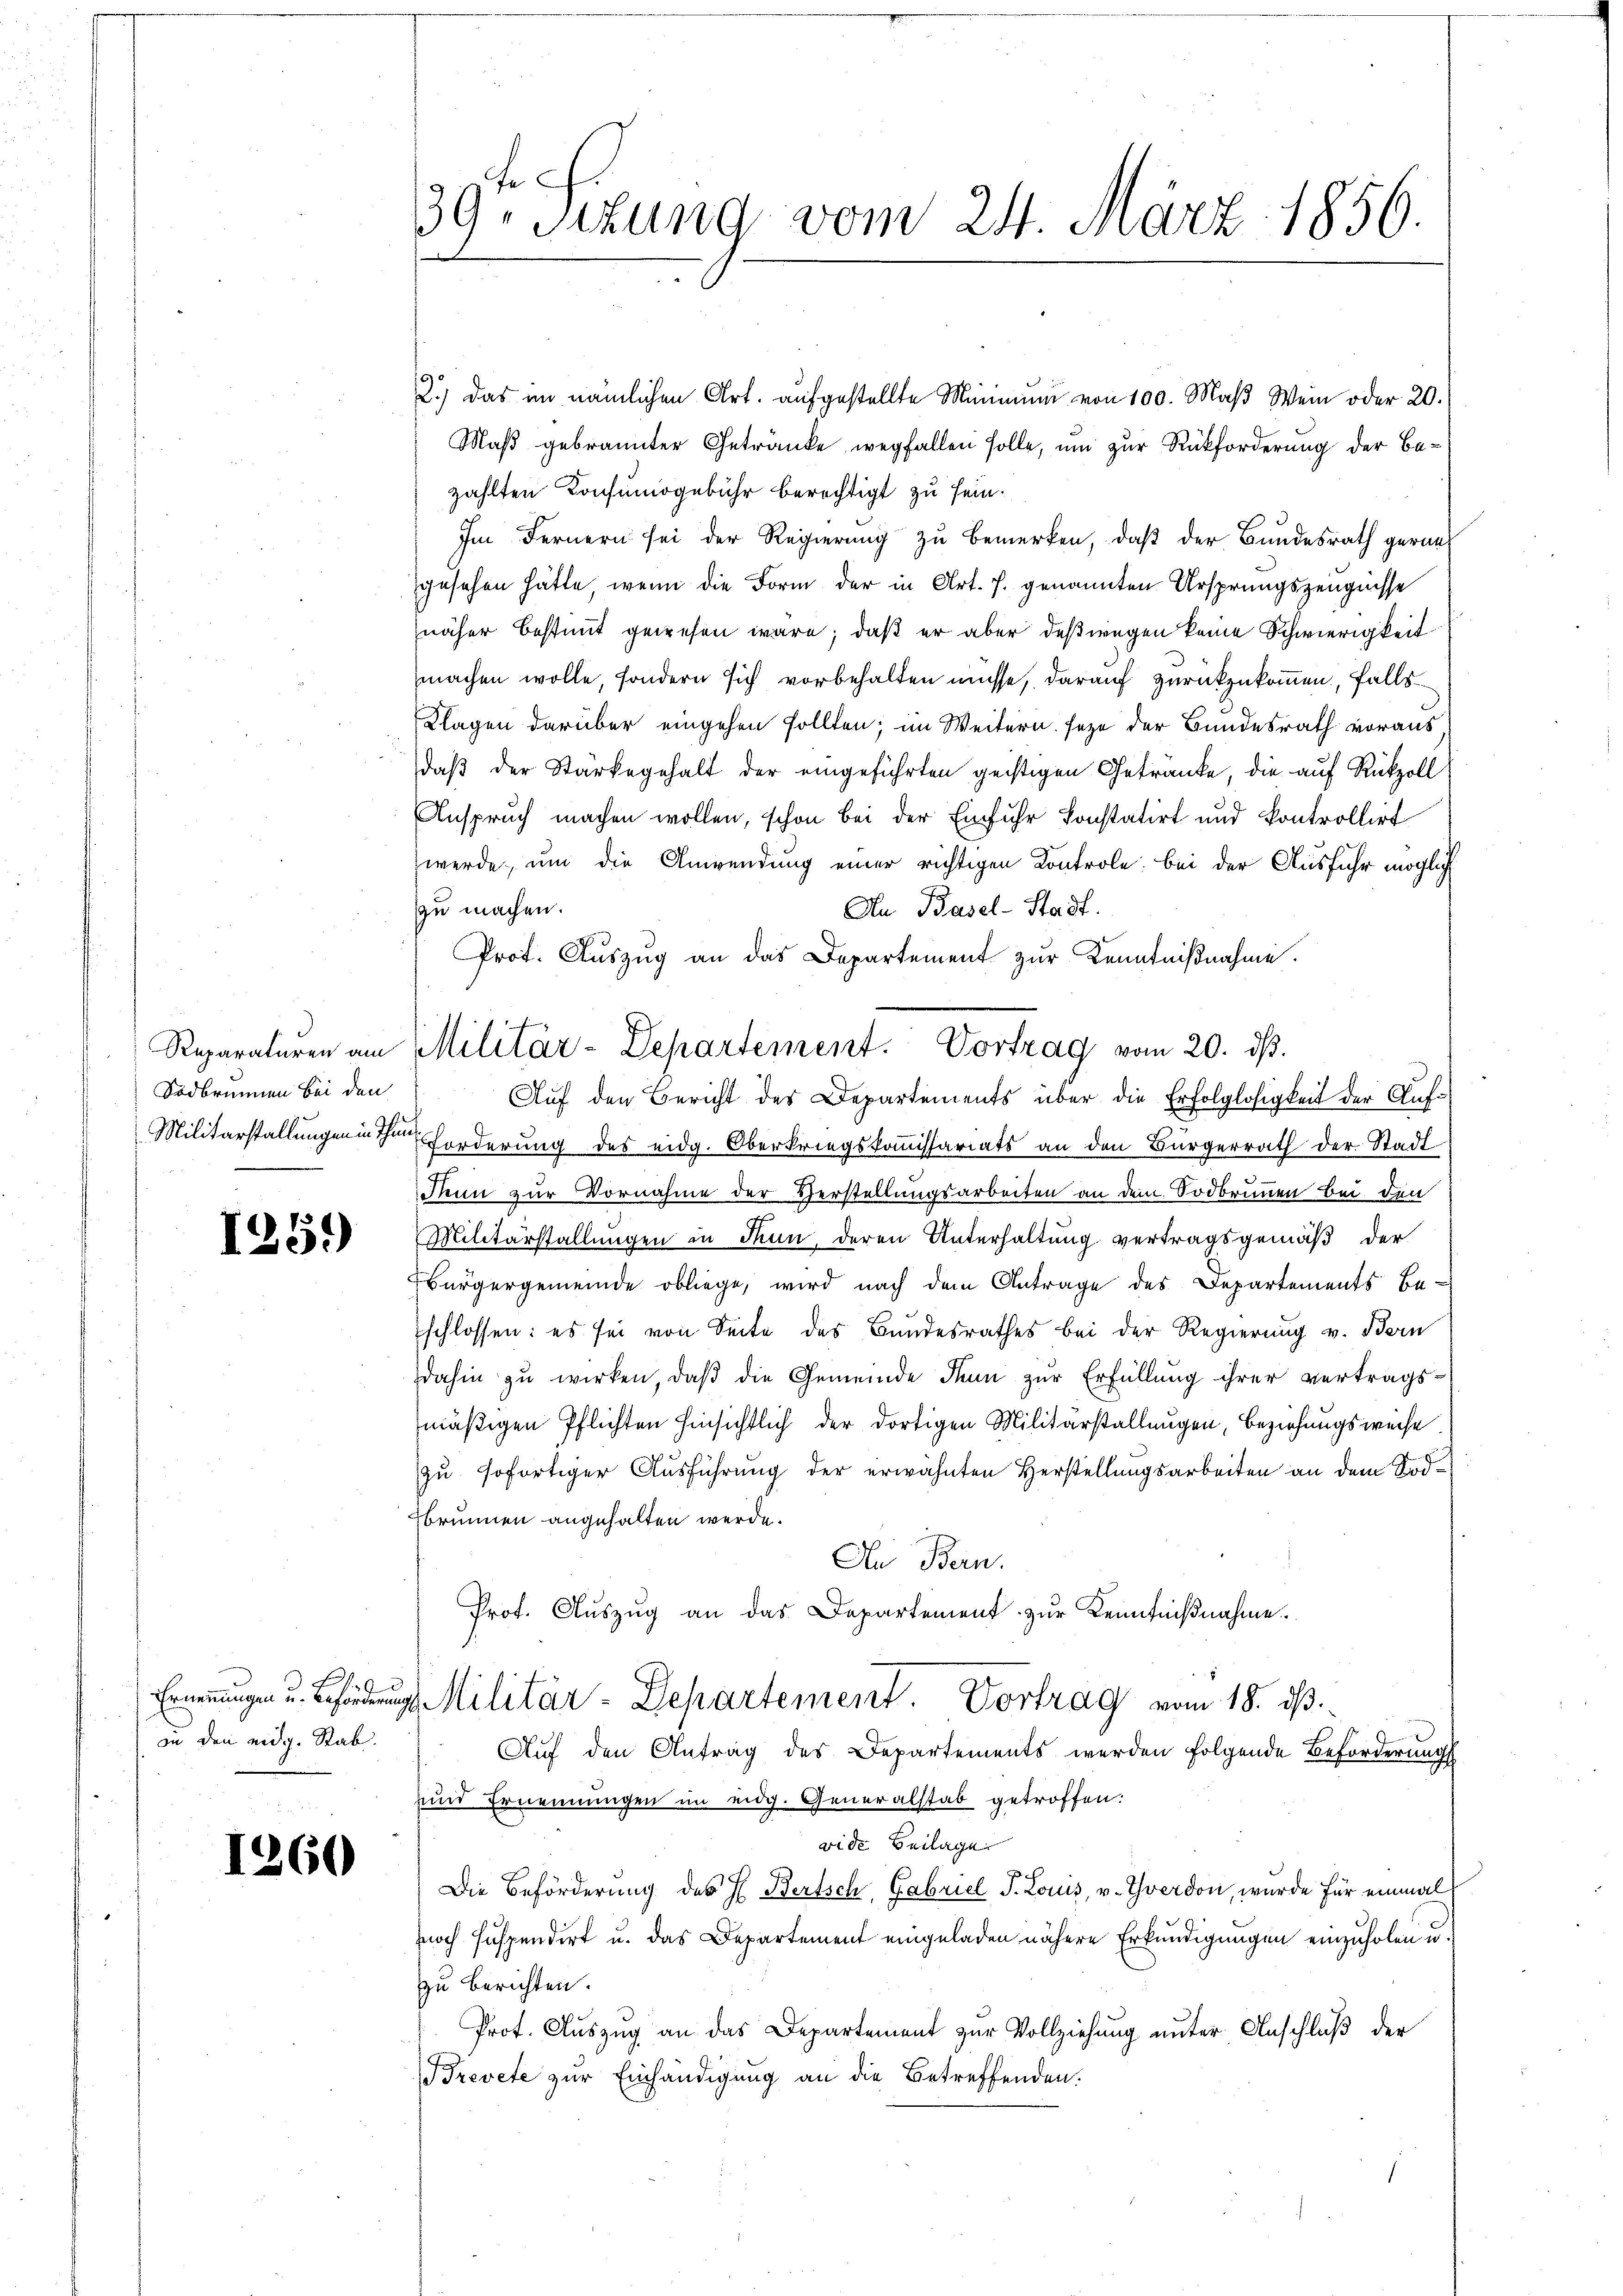
Sodbrunnen bei den
Militärstallungen in Thur

1259)

Ernennungen u. Beförderung
in den eidg. Rab.

1260

39t Setzung vom 24. März 1856.

Reparaturen am Militär-Departement. Vortrag vom 20. ds.

2.) Das im nämlichen Art. aŭfgestellte Minimum von 100. Maβ Wein oder 20.
Maß gebrannter Getränke, wegfallen solle, um zur Rückforderung der Bezählten Konsumogebühr berechtigt zu sein.
Im Fernern sei der Regierung zu bemerken, daß der Bundesrath gerangesehen hätte, wenn die Form der in Art. 7. genannten Ursprungszeugnisse
näher bestimmt gewesen wäre; daß er aber deßwegen keine Schwierigkeit
machen wolle, sondern sich vorbehalten müsse, darauf zurückzukommen, falls
Klagen darüber eingehen sollten; im Weitern seze der Bundesrath voraus,
daß der Stärkegehalt der eingeführten geistigen Getränke, die auf Rückzoll
Anspruch machen wollen, schon bei der Einfuhr konstatirt und kontrollirt
werde, um die Anwendung einer richtigen Kontrole: bei der Ausfuhr möglich
zu machen.
An Basel-Stadt.
Prot. Auszug an das Departement zur Kenntnißnahme.
Auf den Bericht des Departements über die Erfolglosigkeit der Aufforderung des eidg. Oberkriegskommissariats an den Bürgerrath der Stadt
Thun zur Vornahme der Verstellungsarbeiten an dem Sodbrunnen bei den
Militärstallungen in Thun, deren Unterhaltung vertragsgemäß der
Bürgergemeinde obliege, wird nach dem Antrage des Departements be-
schlossen: es sei von Seite des Bundesrathes bei der Regierung v. Bern
dahin zu wirken, daß die Gemeinde Tun zur Erfüllung ihrer vertragsmäßigen Pflichten hinsichtlich der dortigen Militärstallungen, beziehungsweise
zu sofortiger Ausführung der erwähnten Herstellungsarbeiten an dem Tod¬
Bbrunnen angehalten werde.
An Bern.
Prof. Auszug an das Departement zur Kenntnißnahme.
d Militär-Departement. Vortrag vom 18. ds.
Auf den Antrag des Departements werden folgende Beförderungs
und Ernennungen im eidg. Generalstab getroffen.
vide Beilage
Die Beförderung des H. Bertsch, Gabriel S. Louis, v. Yverdon, wurde für einmal
noch suspendirt u. das Departement eingeladen nähere Erkundigungen einzuholen u.
zu berichten.
Prot. Auszug an das Departement zur Vollziehung unter Anschluß der
Brevete zur Einhändigung an die Betreffenden.